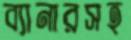
ব্যানারসহ